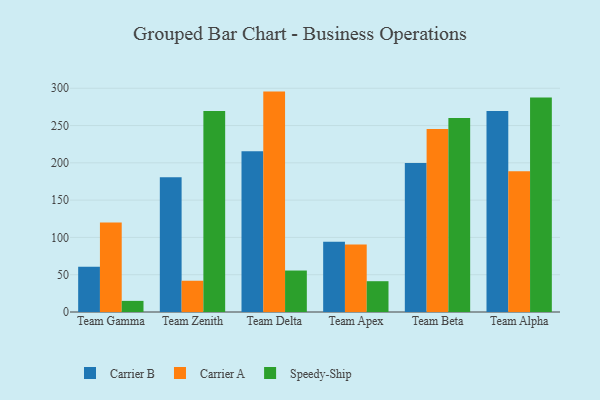
{"axis": {"x": "Team", "y": "Operating Costs (USD K)"}, "legend": ["Carrier A", "Carrier B", "Speedy-Ship"], "data": [{"x": "Team Gamma", "y": 60.8, "type": "Carrier B"}, {"x": "Team Gamma", "y": 119.9, "type": "Carrier A"}, {"x": "Team Gamma", "y": 14.9, "type": "Speedy-Ship"}, {"x": "Team Zenith", "y": 180.7, "type": "Carrier B"}, {"x": "Team Zenith", "y": 41.9, "type": "Carrier A"}, {"x": "Team Zenith", "y": 269.4, "type": "Speedy-Ship"}, {"x": "Team Delta", "y": 215.6, "type": "Carrier B"}, {"x": "Team Delta", "y": 295.5, "type": "Carrier A"}, {"x": "Team Delta", "y": 55.6, "type": "Speedy-Ship"}, {"x": "Team Apex", "y": 94.2, "type": "Carrier B"}, {"x": "Team Apex", "y": 90.5, "type": "Carrier A"}, {"x": "Team Apex", "y": 41.3, "type": "Speedy-Ship"}, {"x": "Team Beta", "y": 199.8, "type": "Carrier B"}, {"x": "Team Beta", "y": 245.5, "type": "Carrier A"}, {"x": "Team Beta", "y": 260.1, "type": "Speedy-Ship"}, {"x": "Team Alpha", "y": 269.6, "type": "Carrier B"}, {"x": "Team Alpha", "y": 188.6, "type": "Carrier A"}, {"x": "Team Alpha", "y": 287.5, "type": "Speedy-Ship"}]}